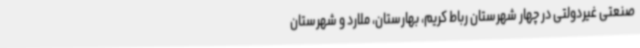
صنعتی غیردولتی در چهار شهرستان رباط کریم، بهارستان، ملارد و شهرستان